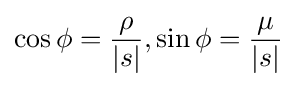
\cos \phi ={\frac {\rho }{|s|}},\sin \phi ={\frac {\mu }{|s|}}